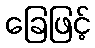
ခြေဖြင့်